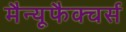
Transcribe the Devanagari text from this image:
मैन्यूफैक्चर्स